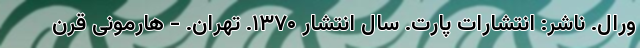
ورال. ناشر: انتشارات پارت. سال انتشار ۱۳۷۰. تهران. - هارمونی قرن